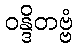
ဝန္ဒိတဗ္ဗံ